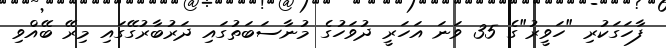
ފާހަގަކުރި "ހަވީރު"ގެ 35 ވަނަ އަހަރީ ދުވަހުގެ މުނާސަބަތުގައި ދަރުބާރުގޭގައި މިރޭ ބޭއްވި